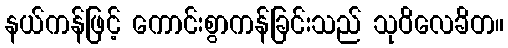
နယ်ကန်ဖြင့် ကောင်းစွာကန်ခြင်းသည် သုဝိလေခိတ။